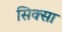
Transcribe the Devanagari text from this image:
सिक्सा